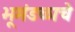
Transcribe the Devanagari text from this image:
भूमंडळाचे